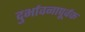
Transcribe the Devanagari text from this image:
दुर्भावनापूर्वक